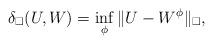
LaTeX: \begin{align*}\delta_\square(U,W)=\inf_\phi \Vert U-W^\phi \Vert_\square,\end{align*}